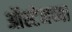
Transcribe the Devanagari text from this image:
ऑस्टेनच्या